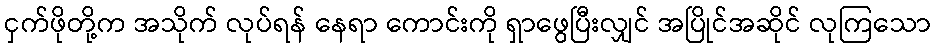
ငှက်ဖိုတို့က အသိုက် လုပ်ရန် နေရာ ကောင်းကို ရှာဖွေပြီးလျှင် အပြိုင်အဆိုင် လုကြသော